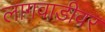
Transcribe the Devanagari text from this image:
लागवाडीवर